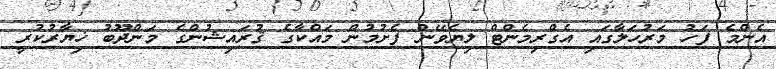
އެންމެ ފަހު މަރުހަލާގައި އެގްރިމެންޓް ލިޔެވޭން ފެށުމުން މައްކާގެ ޤުރައިޝުންގެ މަންދޫބު ޚިޔާރުކުރީ